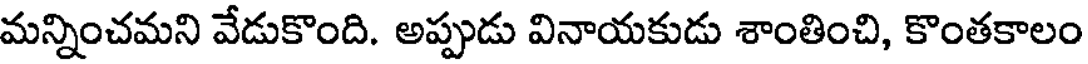
మన్నించమని వేడుకొంది. అప్పుడు వినాయకుడు శాంతించి, కొంతకాలం